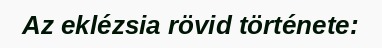
Az eklézsia rövid története: